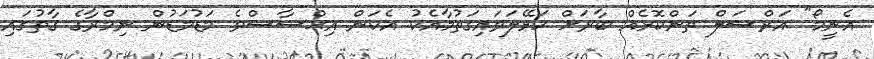
އެނީމޯ" އަރްސަލް ތަންކޮޅެއް ބާރަށް ހަޅޭލަވައިގަތުމާއެކު އެކަން އިޙްސާސްވެ މަޑުމަޑުން ނިމްރާގެ ގާތުގައި